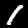
Label: 1